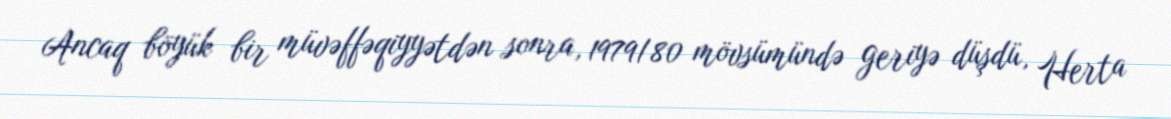
Ancaq böyük bir müvəffəqiyyətdən sonra, 1979/80 mövsümündə geriyə düşdü, Herta